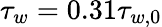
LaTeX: \tau_{w}=0.31\tau_{w,0}